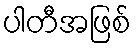
ပါတီအဖြစ်